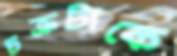
চক্রটাকে